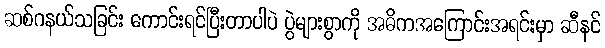
ဆစ်ဂနယ်သခြင်း ကောင်းရင်ပြီးတာပါပဲ ပွဲများစွာကို အဓိကအကြောင်းအရင်းမှာ ဆီနင်